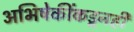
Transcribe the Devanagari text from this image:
अभिषेकींकडूनही